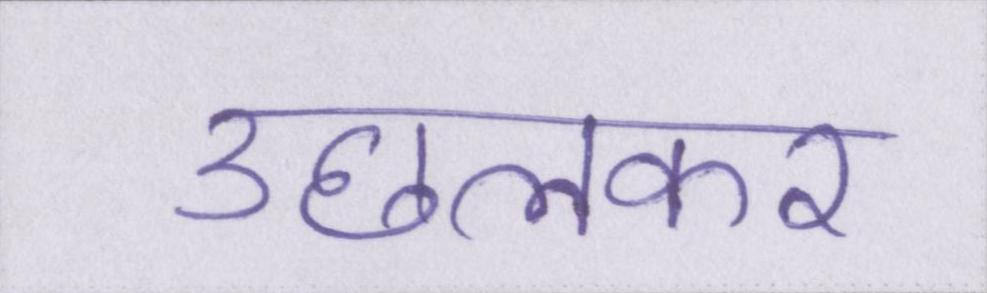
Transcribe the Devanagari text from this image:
उछलकर